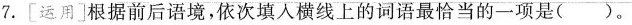
7.[运用]根据前后语境，依次填入横线上的词语最恰当的一项是( )。